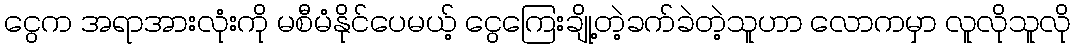
ငွေက အရာအားလုံးကို မစီမံနိုင်ပေမယ့် ငွေကြေးချို့တဲ့ခက်ခဲတဲ့သူဟာ လောကမှာ လူလိုသူလို